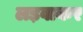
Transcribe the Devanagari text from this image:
लड़वाकर